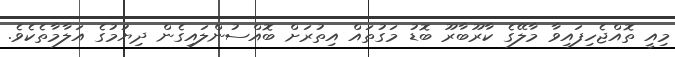
މިއީ ތޮއްޖެހިފައިވާ މާލޭގެ ކާރޫބާރޫ ބޮޑު މަގުތައް އިތުރަށް ބޮއްސުންލައިގެން ދިޔުމުގެ އަލާމާތެކެވެ.